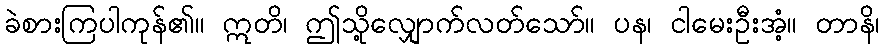
ခဲစားကြပါကုန်၏။ ဣတိ၊ ဤသို့လျှောက်လတ်သော်။ ပန၊ ငါမေးဦးအံ့။ တာနိ၊